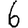
Digit: 6